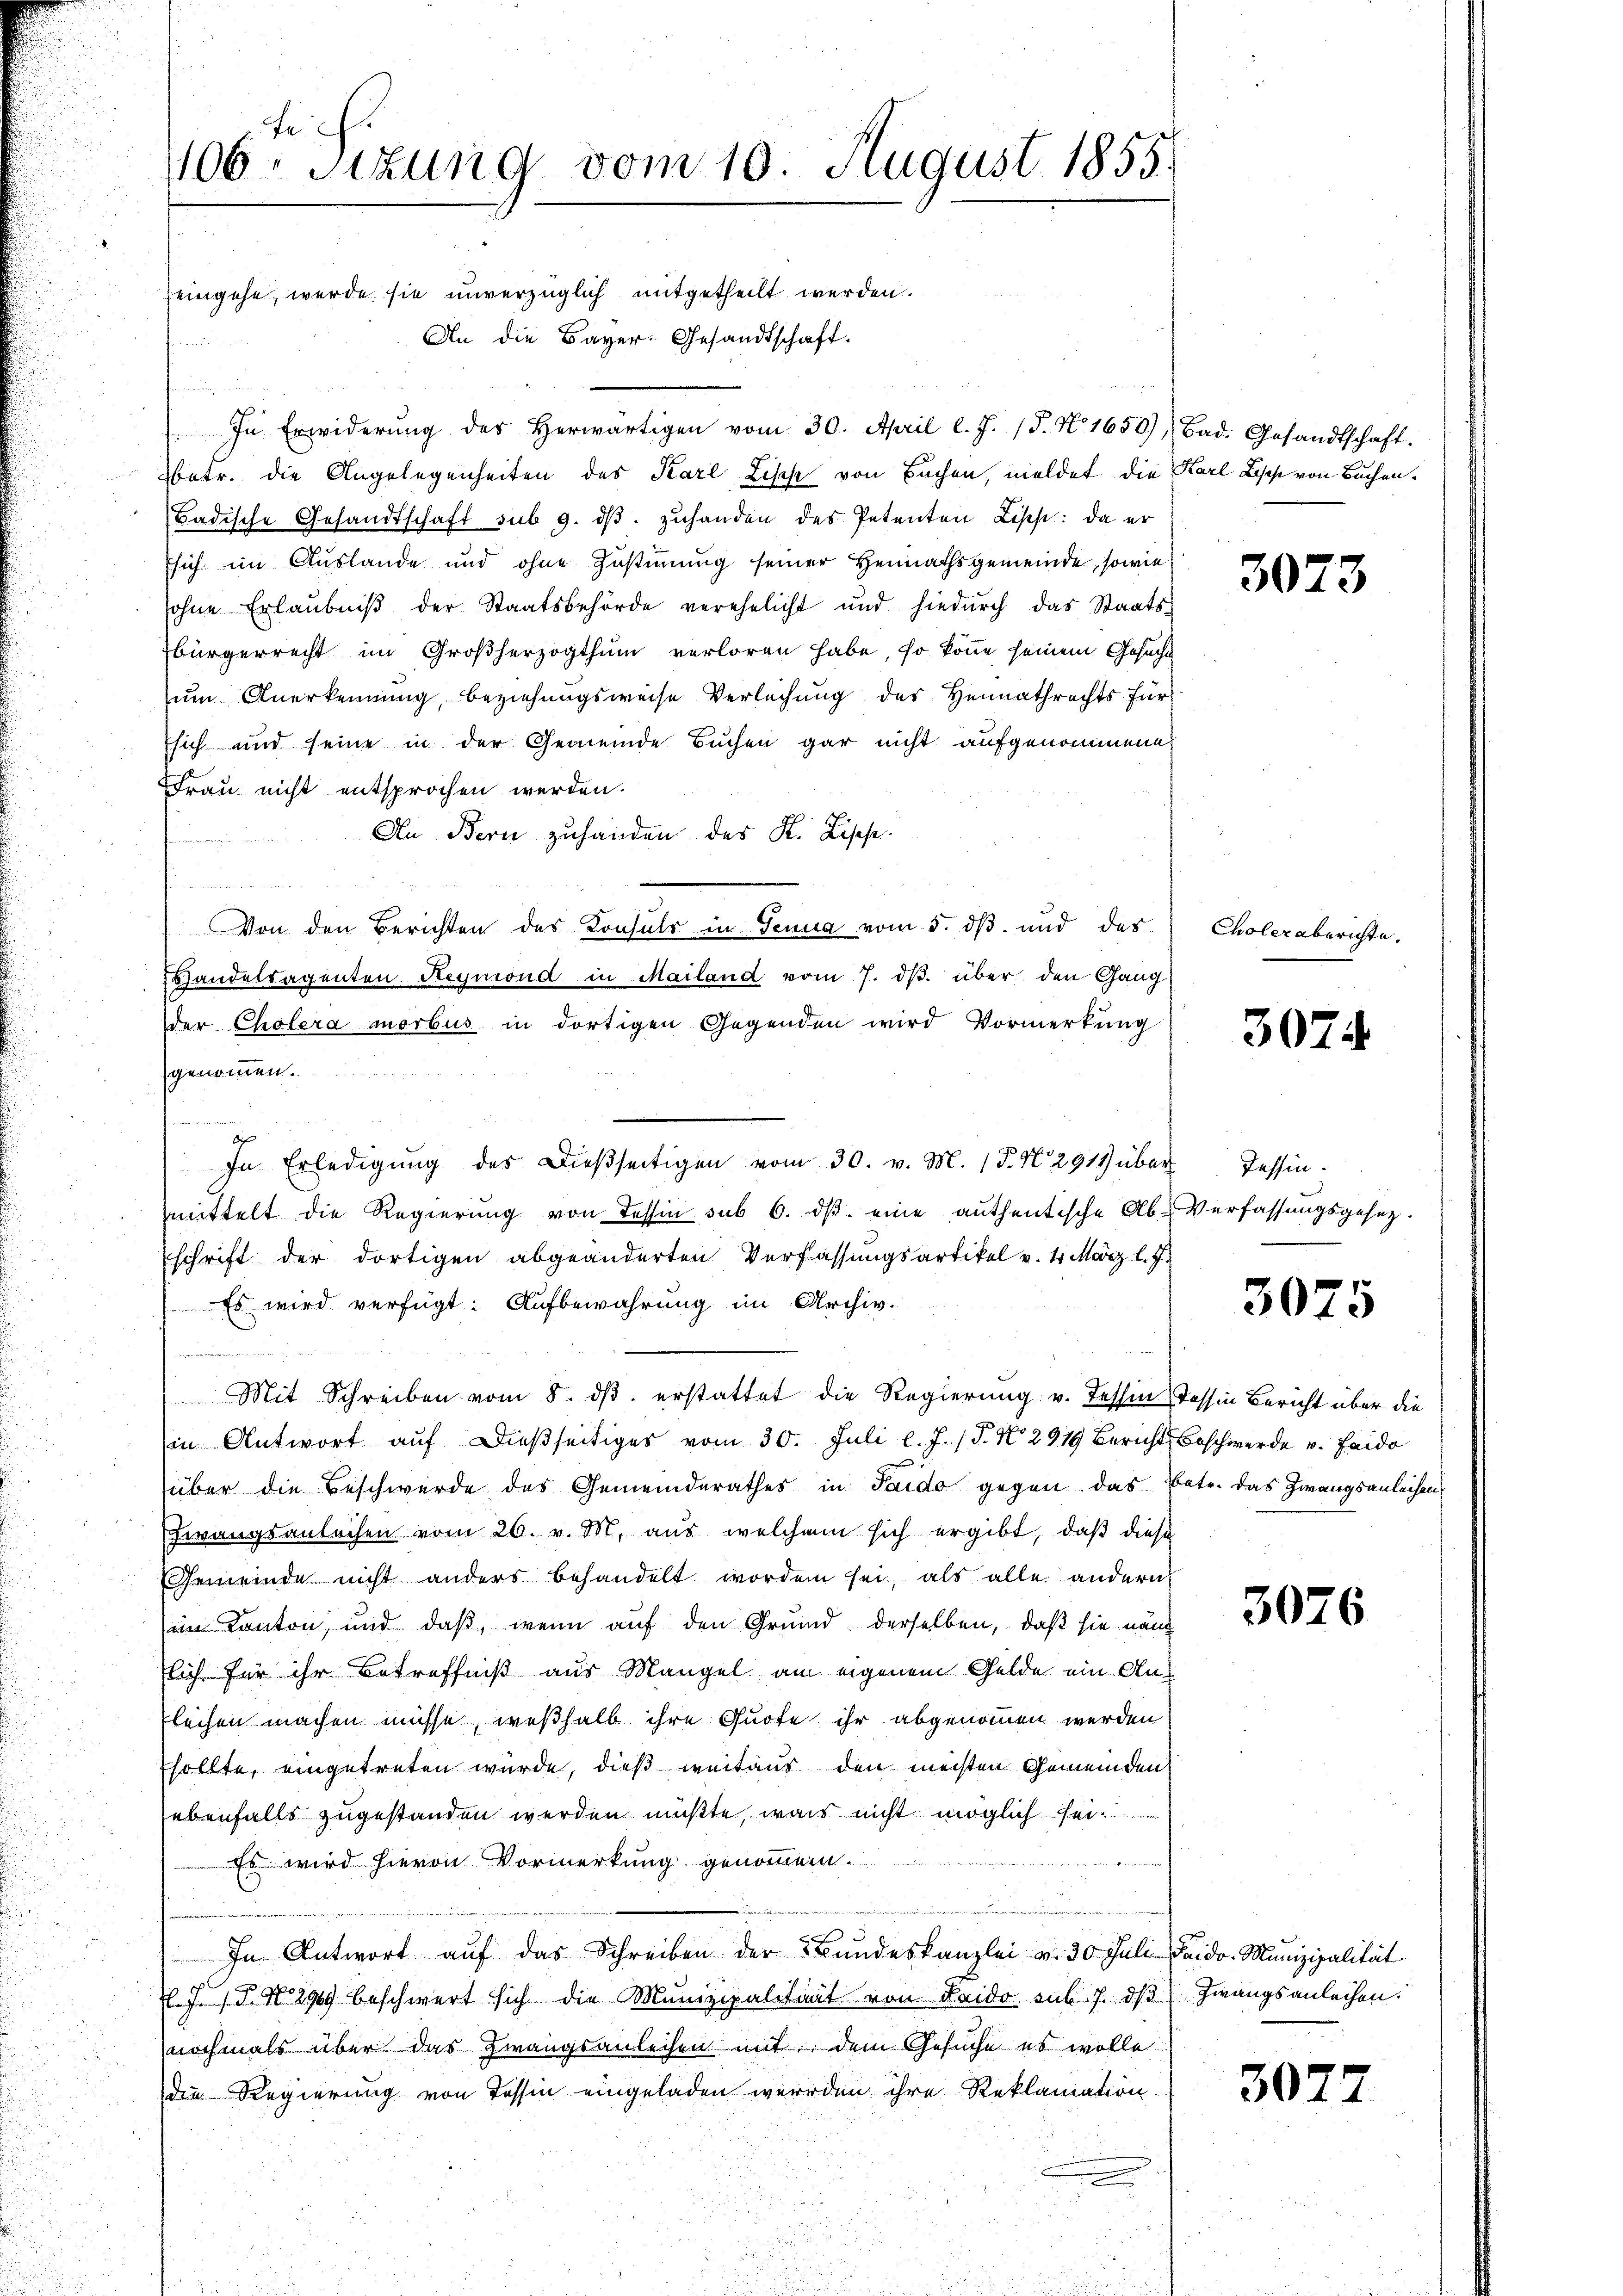
106. Sitzung vom 10. August 1855.

eingehe, werde sie unverzüglich mitgetheilt werden.
An die Bayer. Gesandtschaft.
In Erwiderŭng des herwärtigen vom 30. April l. J. (T. N. 1650), Bad. Gesandtschaft.
betr. die Angelegenheiten des Karl Zisch von Sachen, meldet die Karl Bisch von Buchen¬
Badische Gesandtschaft sub 9. dβ zŭhanden des Petenten Lisch: da er
sich im Auslande und ohne Zustimmung seiner Heimathsgemeinde, sowie
sohne Erlaŭbniβ der Staatsbehörde verehelicht und hiedurch das Staats-
bürgerrecht im Großherzogthum verloren habe, so könne seinem Gesucht
um Anerkennung, beziehungsweise Verleihung des Heimathrechts für
Esich und seine in der Gemeinde Buchen gar nicht aufgenommene
Frau nicht entsprochen werden.
An Bern zuhanden des K. Lische
.
Von den Berichten des Konsuls in Genua vom 5. dß. und des
Handelsagenten Reymond in Mailand vom 7. ds. über den Gang
der Cholera morbus in dortigen Gegenden wird Vormerkung
genommen.

In Erledigŭng des Dießseitigen vom 30. v. M. P. Nr. 291 über Tessinmittelt die Regierung von dessin sub 6. dβ eine authentische Ab-Verfassungsgesetz-
schrift der dortigen abgeänderten Verfassungsartikel v. 4. März l. J.
 Es wird verfügt: Aufbewahrung im Archiv.
ehnen
Mit Schreiben vom 8. dβ erstattet die Regierung v. Tessin, Tessin Bericht über die
in Antwort auf dießseitiges vom 30. Juli l. J. (T. No. 2919 Bericht beschwerde u. Faido
über die Beschwerde des Gemeinderathes in Pardo gegen das Betr. das Zwangsanleihens
Zwangsanleihen vom 26. v. M. aus welchem sich ergibt, daß diese
Gemeinde nicht anders behandelt worden sei, als alle andern
im Kanton, und daß, wenn auf den Grund derselben, daß sie näm
sich für ihr Betreffniß aus Mangel am eigenem Gelde ein Anleihen machen müsse, weßhalb ihre Quote ihr abgenommen werden
Esollte, eingetreten würde, dieß weitaus den meisten Gemeinden
ebenfalls zugestanden werden müßte, was nicht möglich sei.
der wegen
Es wird hievon Vormerkung genommen.
In Antwort aŭf das Schreiben der Bundeskanzlei v. 30 Juli daido. Munizipalität
. J. P. Nr. 299 beschwert sich die Munizipalität von Leido sub 7. dβ Zwangsanleihen.
nochmals über das Zwangsanleihen mit dem Gesuche es wolle
die Regierung von Tessin eingeladen werden ihre Reklamation

3073

Choler aberichte.

3074

3075

3076

307